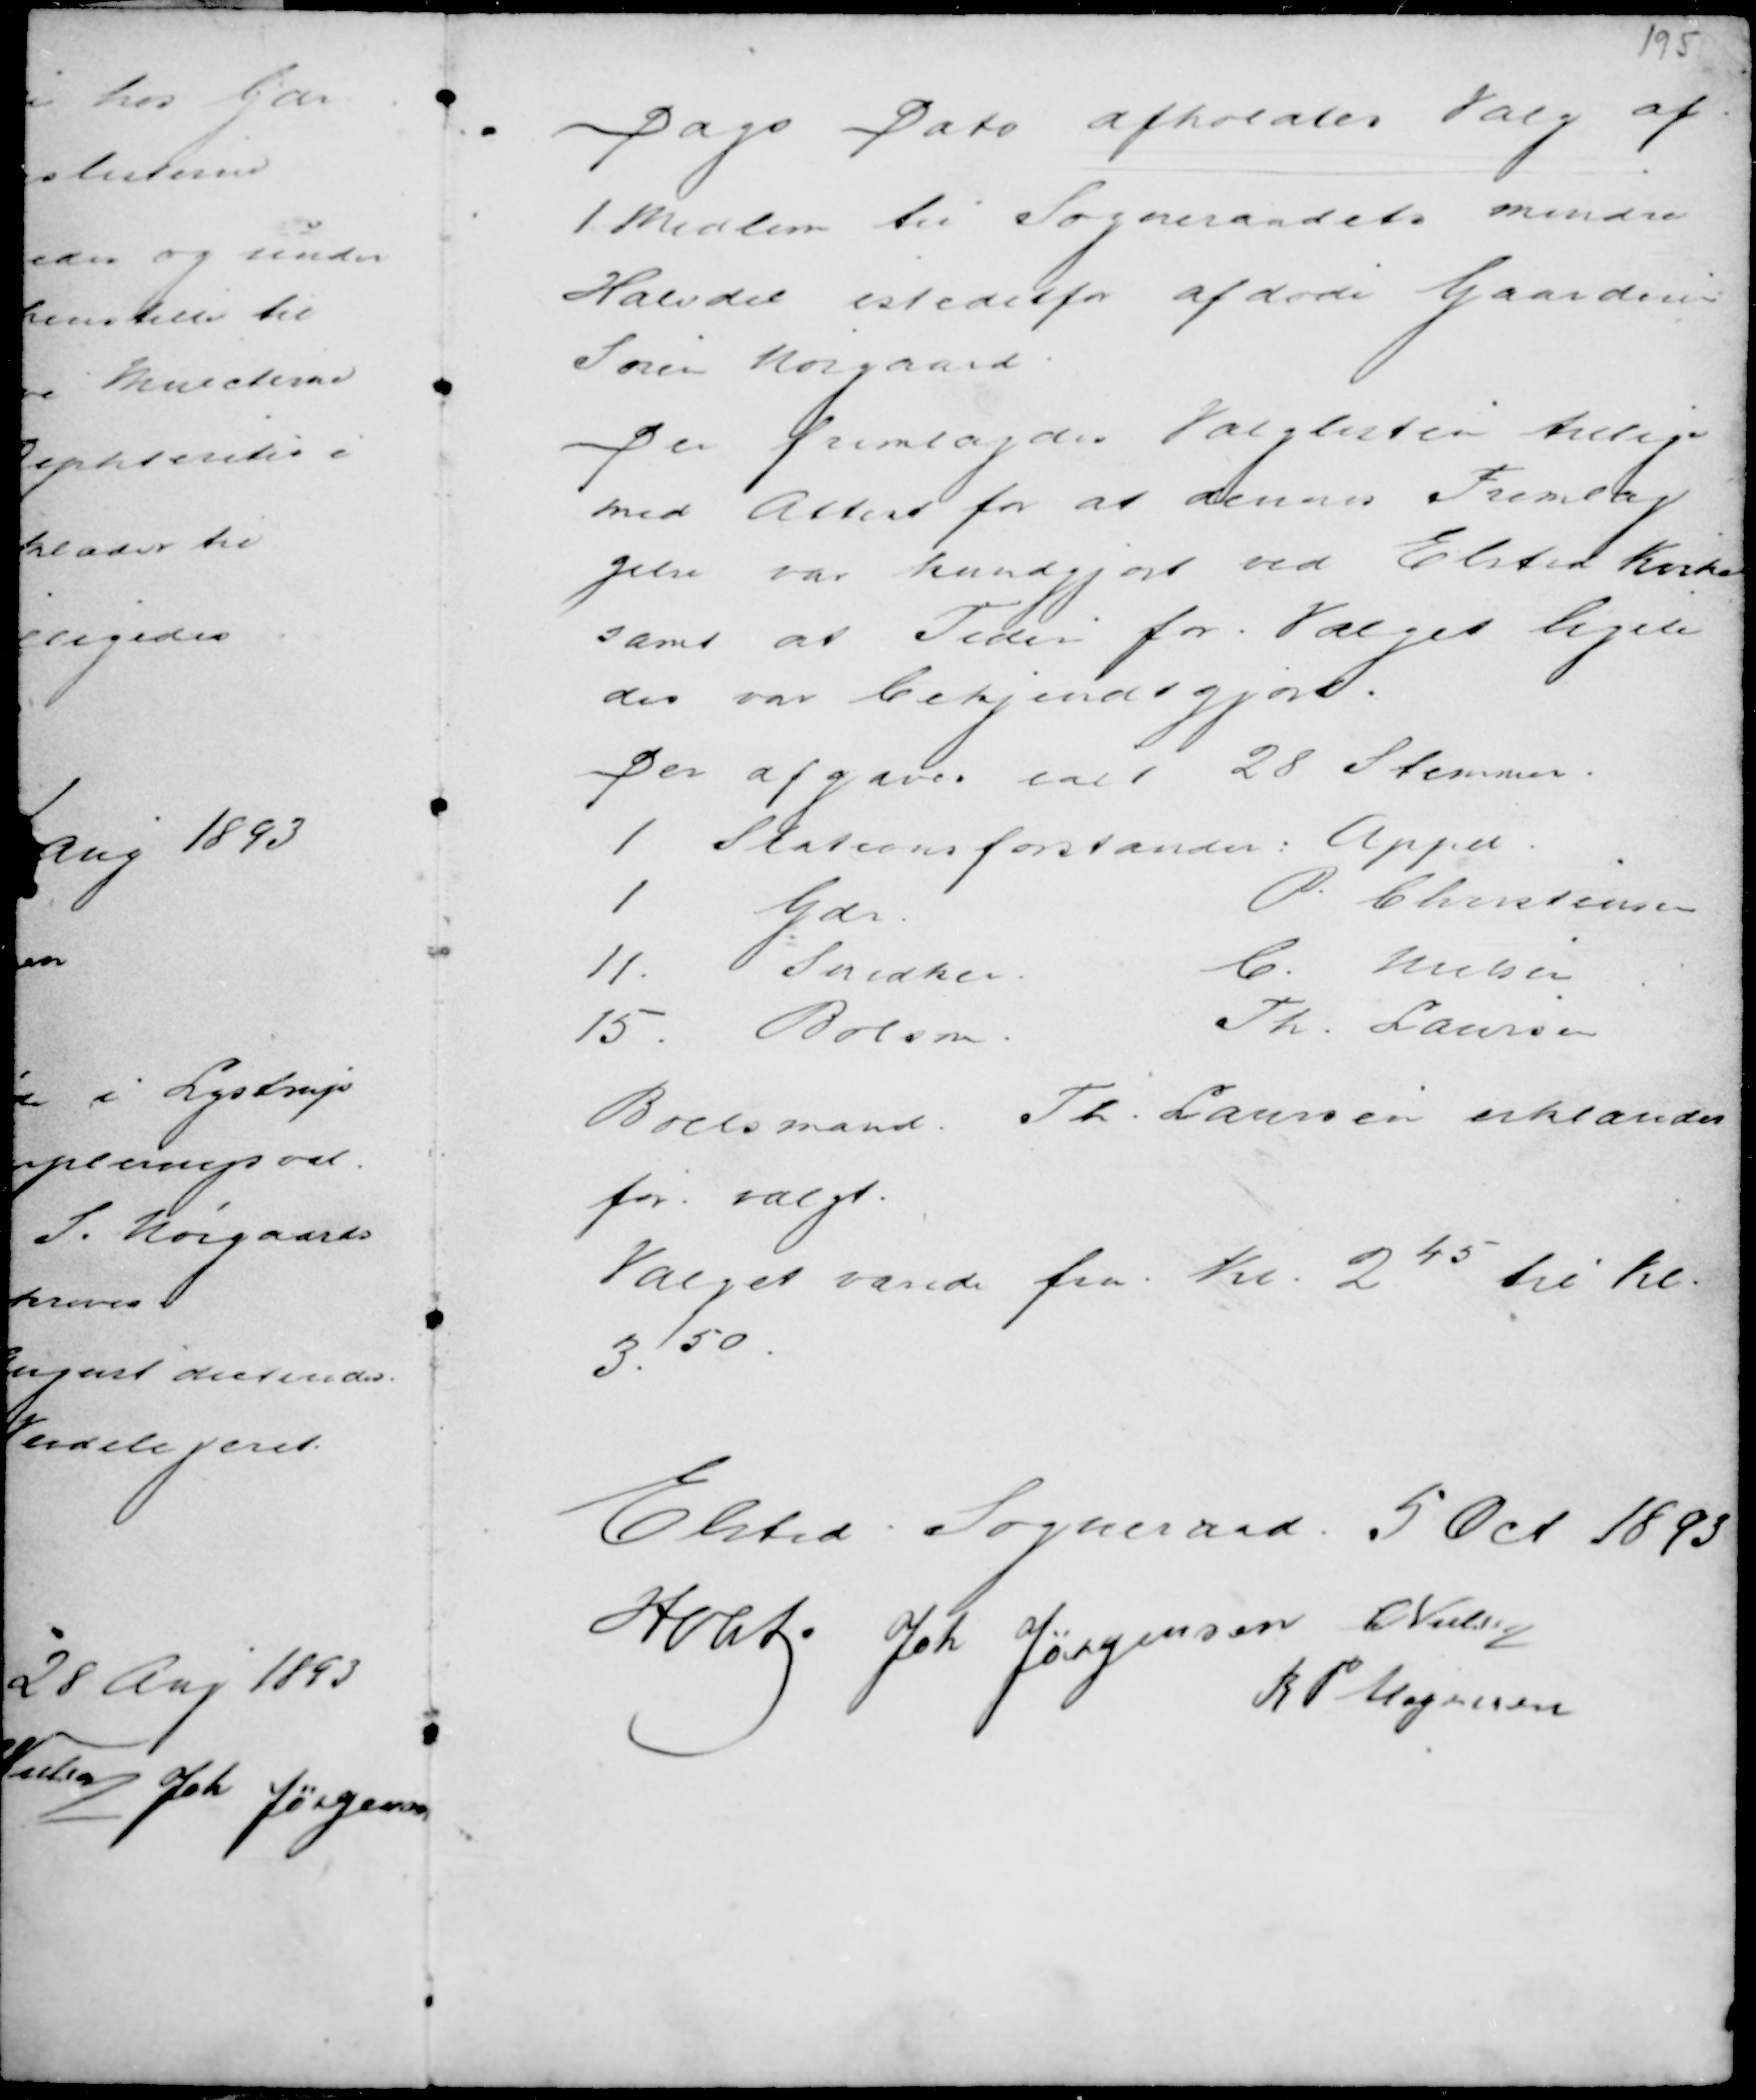
Transskription:
Dags Dato afholdtes Valg af
1 Medlem til Sogneraadets mindre
Halvdel istedetfor afdøde Gaardeier
Søren Nørgaard.
Der fremlagdes Valglisten tillige
med Attest for at dennes Fremlæg
gelse var kundgjort ved Elsted Kirke
samt at Tiden for Valget ligele
des var bekjendtgkort.
Der afgaves ialt 28 Stemmer.

Boelsmand Th. Laursen erklæredes
for valgt.
Valget varede fra Kl. 2 45 til Kl.
3.50

Elsted Sogneraad 5 Oct 1893
Holst . Joh Jørgensen C Nielsen
R P Mogensen